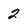
Character: 2